65_HS1-834228961_62-HQ-83894_Serial_164
Agency: FBI
Page 91
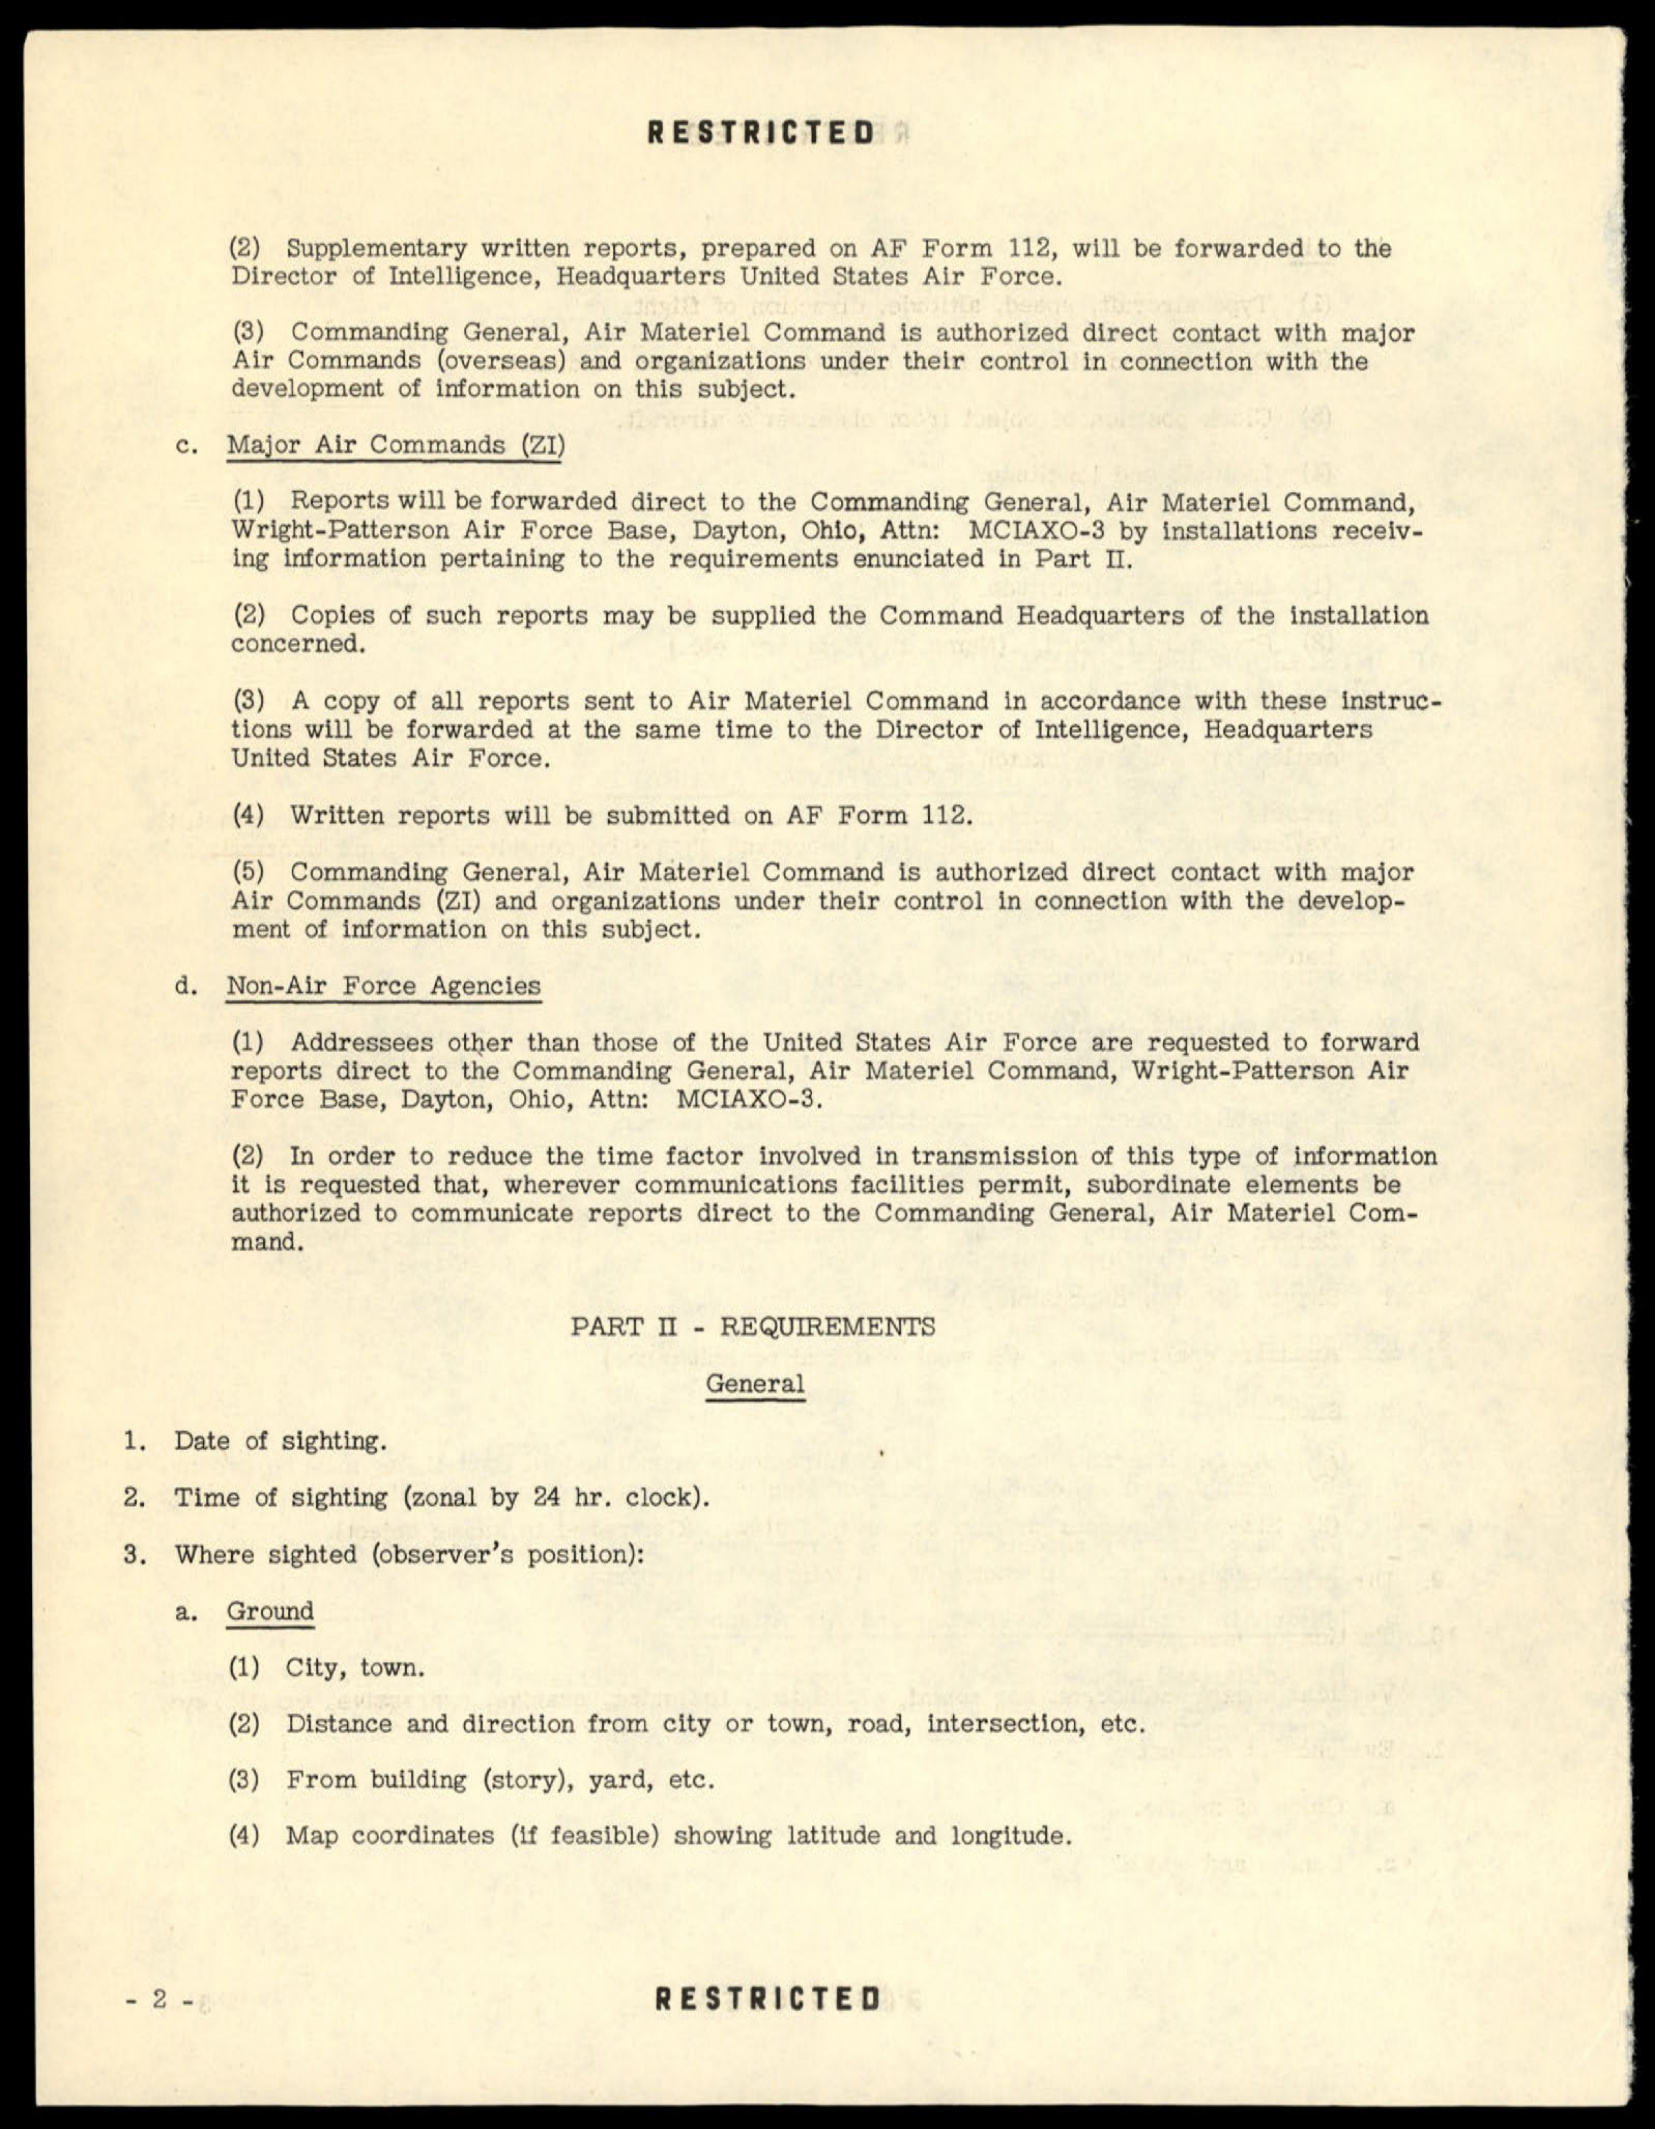